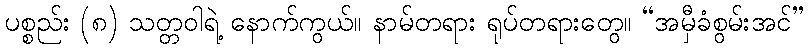
ပစ္စည်း (၈) သတ္တဝါရဲ့ နောက်ကွယ်။ နာမ်တရား ရုပ်တရားတွေ။ “အမှီခံစွမ်းအင်”